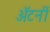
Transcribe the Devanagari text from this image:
अॅटर्नी